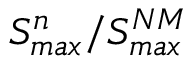
S _ { m a x } ^ { n } / S _ { m a x } ^ { N M }